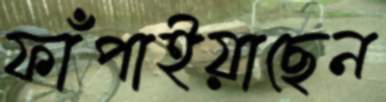
ফাঁপাইয়াছেন